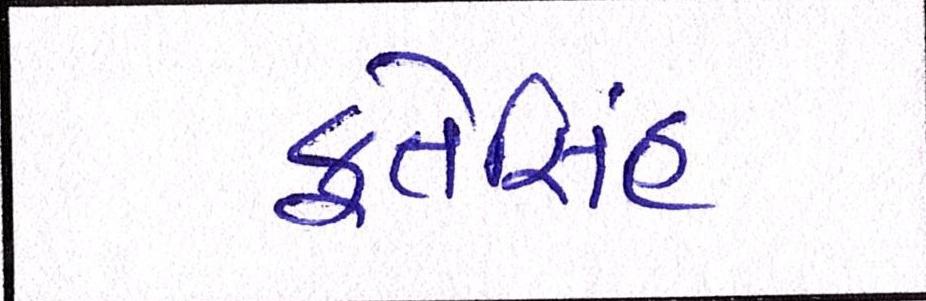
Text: ફતેસિંહ